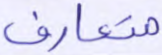
متعارف